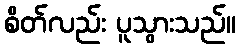
စိတ်လည်း ပူသွားသည်။